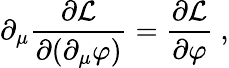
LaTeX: \partial_{\mu}\frac{\partial{\mathcal{L}}}{\partial(\partial_{\mu}\varphi)}=\frac{\partial{\mathcal{L}}}{\partial\varphi}\ ,